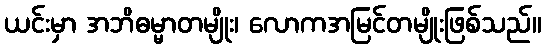
ယင်းမှာ အဘိဓမ္မာတမျိုး၊ လောကအမြင်တမျိုးဖြစ်သည်။